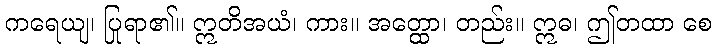
ကရေယျ၊ ပြုရာ၏။ ဣတိအယံ၊ ကား။ အတ္ထော၊ တည်း။ ဣဓ၊ ဤတထာ စေ